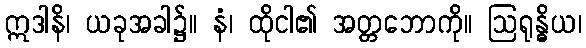
ဣဒါနိ၊ ယခုအခါ၌။ နံ၊ ထိုငါ၏ အတ္တဘောကို။ ဩရုန္ဓိယ၊